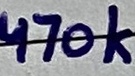
Text: 470k